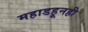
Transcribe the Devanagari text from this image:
महाडहूनही